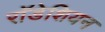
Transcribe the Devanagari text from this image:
राॅडेशियन